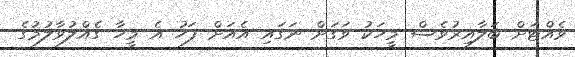
ވެއްޓަށް ބަލާއިރުވެސް މީހަކު ވަގަށް ނަގައި އެއަށް ފަހު އެ މީހާ ގެއްލުވާލުމުގެ